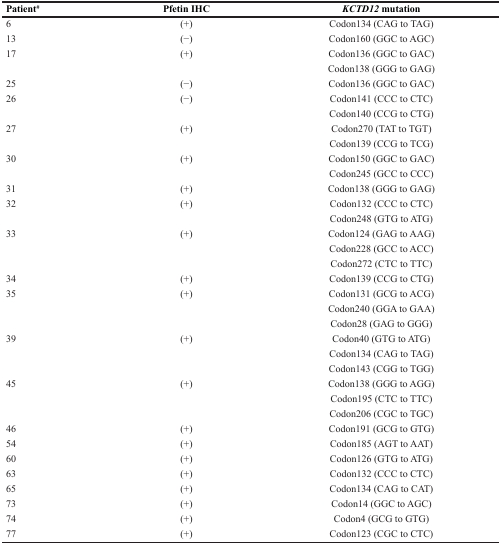
<table><thead><tr><td><b>Patient<sup>#</sup></b></td><td><b>Pfetin IHC</b></td><td><b><i>KCTD12</i> mutation</b></td></tr></thead><tbody><tr><td>6</td><td>(+)</td><td>Codon134 (CAG to TAG)</td></tr><tr><td>13</td><td>(−)</td><td>Codon160 (GGC to AGC)</td></tr><tr><td>17</td><td>(+)</td><td>Codon136 (GGC to GAC)</td></tr><tr><td></td><td></td><td>Codon138 (GGG to GAG)</td></tr><tr><td>25</td><td>(−)</td><td>Codon136 (GGC to GAC)</td></tr><tr><td>26</td><td>(−)</td><td>Codon141 (CCC to CTC)</td></tr><tr><td></td><td></td><td>Codon140 (CCG to CTG)</td></tr><tr><td>27</td><td>(+)</td><td>Codon270 (TAT to TGT)</td></tr><tr><td></td><td></td><td>Codon139 (CCG to TCG)</td></tr><tr><td>30</td><td>(+)</td><td>Codon150 (GGC to GAC)</td></tr><tr><td></td><td></td><td>Codon245 (GCC to CCC)</td></tr><tr><td>31</td><td>(+)</td><td>Codon138 (GGG to GAG)</td></tr><tr><td>32</td><td>(+)</td><td>Codon132 (CCC to CTC)</td></tr><tr><td></td><td></td><td>Codon248 (GTG to ATG)</td></tr><tr><td>33</td><td>(+)</td><td>Codon124 (GAG to AAG)</td></tr><tr><td></td><td></td><td>Codon228 (GCC to ACC)</td></tr><tr><td></td><td></td><td>Codon272 (CTC to TTC)</td></tr><tr><td>34</td><td>(+)</td><td>Codon139 (CCG to CTG)</td></tr><tr><td>35</td><td>(+)</td><td>Codon131 (GCG to ACG)</td></tr><tr><td></td><td></td><td>Codon240 (GGA to GAA)</td></tr><tr><td></td><td></td><td>Codon28 (GAG to GGG)</td></tr><tr><td>39</td><td>(+)</td><td>Codon40 (GTG to ATG)</td></tr><tr><td></td><td></td><td>Codon134 (CAG to TAG)</td></tr><tr><td></td><td></td><td>Codon143 (CGG to TGG)</td></tr><tr><td>45</td><td>(+)</td><td>Codon138 (GGG to AGG)</td></tr><tr><td></td><td></td><td>Codon195 (CTC to TTC)</td></tr><tr><td></td><td></td><td>Codon206 (CGC to TGC)</td></tr><tr><td>46</td><td>(+)</td><td>Codon191 (GCG to GTG)</td></tr><tr><td>54</td><td>(+)</td><td>Codon185 (AGT to AAT)</td></tr><tr><td>60</td><td>(+)</td><td>Codon126 (GTG to ATG)</td></tr><tr><td>63</td><td>(+)</td><td>Codon132 (CCC to CTC)</td></tr><tr><td>65</td><td>(+)</td><td>Codon134 (CAG to CAT)</td></tr><tr><td>73</td><td>(+)</td><td>Codon14 (GGC to AGC)</td></tr><tr><td>74</td><td>(+)</td><td>Codon4 (GCG to GTG)</td></tr><tr><td>77</td><td>(+)</td><td>Codon123 (CGC to CTC)</td></tr></tbody></table>